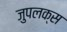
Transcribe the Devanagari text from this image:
जुपलक्स